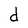
Character: d